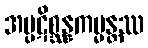
အပ္ပဋိစ္ဆန္နကမ္မန္တဿ